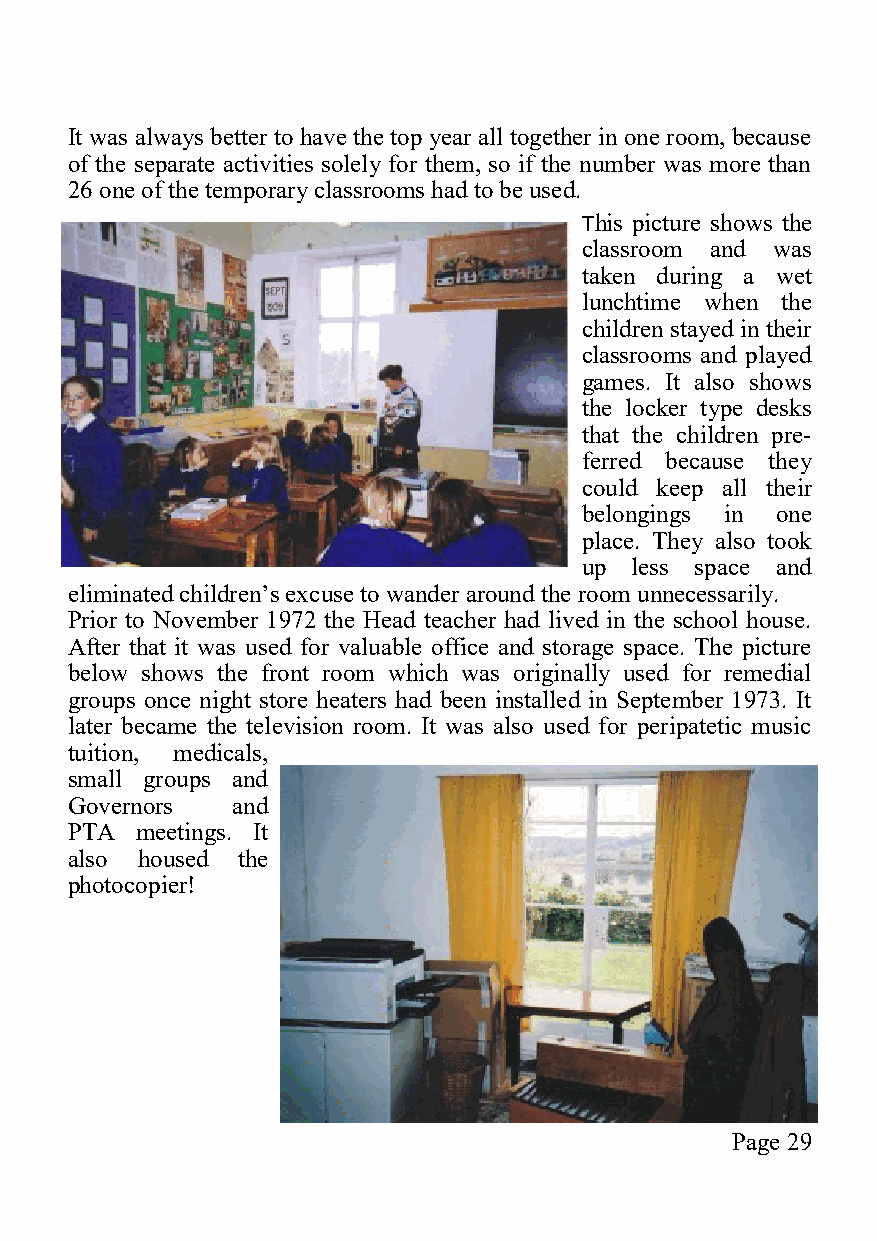
It was always better to have the top year all together in one room, because
 of the separate activities solely for them, so if the number was more than
 26 one of the temporary classrooms had to be used.
 This picture shows the
 classroom and was
 taken during a wet
 lunchtime when the
 children stayed in their
 classrooms and played
 games. It also shows
 the locker type desks
 that the children pre-
 ferred because they
 could keep all their
 belongings in one
 place. They also took
 up less space and
 eliminated children’s excuse to wander around the room unnecessarily.
 Prior to November 1972 the Head teacher had lived in the school house.
 After that it was used for valuable office and storage space. The picture
 below shows the front room which was originally used for remedial
 groups once night store heaters had been installed in September 1973. It
 later became the television room. It was also used for peripatetic music
 tuition, medicals,
 small groups and
 Governors  and
 PTA  meetings. It
 also housed the
 photocopier!
 Page 29